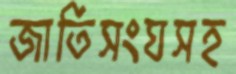
জাতিসংঘসহ